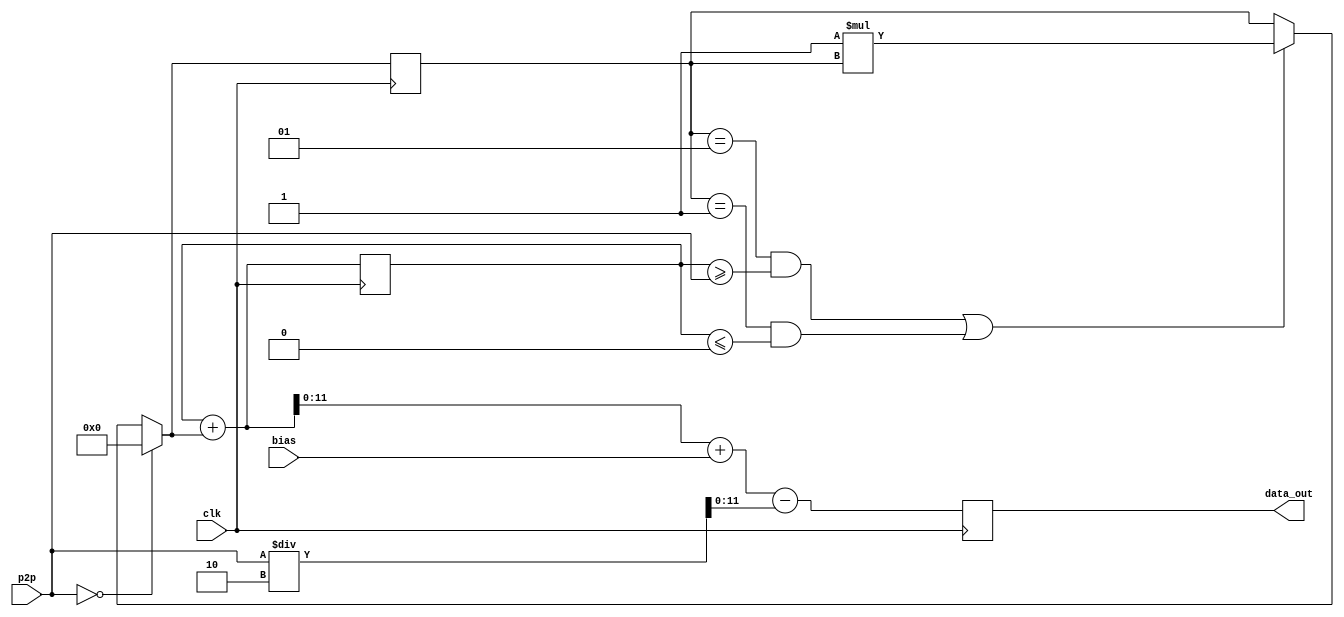
module trivav(bias,p2p,clk,data_out);
    input clk;
	 input [10:0] p2p;
	 input [10:0] bias;
    output reg [11:0] data_out;
	 integer sayac;
	  integer inc;
	 initial
		begin
			sayac = 0;
			inc = 1;
		end
	 always @(posedge clk)
		begin
			if((inc == 1 && sayac >= p2p) || (inc == -1 && sayac <= 0))
				begin
					inc = (-1)*inc;
				end
			if (p2p == 0)
				begin
					inc = 0;
				end
			sayac = sayac + inc;
			data_out <= sayac + bias - p2p/2 ;
		end
	endmodule